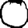
Digit: 0